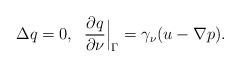
\begin{align*} \Delta q= 0 , \;\; \frac{\partial q}{\partial \nu}{\Big\vert}_{\Gamma}= \gamma_\nu(u-\nabla p). \end{align*}